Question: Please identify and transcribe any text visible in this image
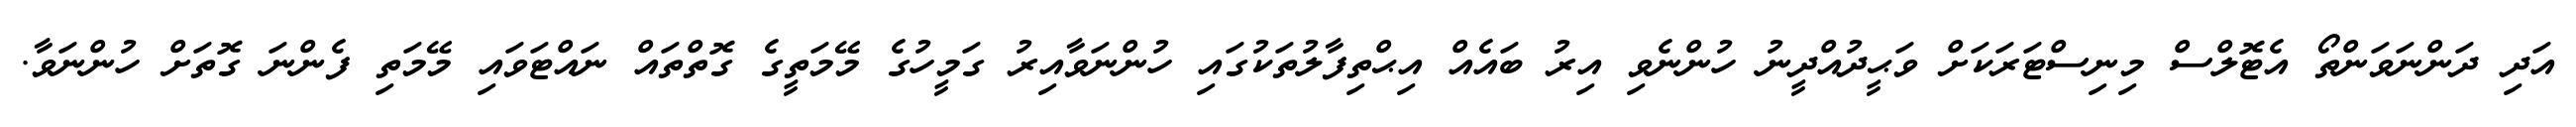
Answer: އަދި ދަންނަވަންތޯ އެޓޮލްސް މިނިސްޓަރަކަށް ވަޙީދުއްދީނު ހުންނެވި އިރު ބައެއް އިޙްތިފާލުތަކުގައި ހުންނަވާއިރު ގަމީހުގެ މޭމަތީގެ ގޮތްތައް ނައްޓަވައި މޭމަތި ފެންނަ ގޮތަށް ހުންނަވާ.